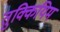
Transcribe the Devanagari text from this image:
तुक्कियिम